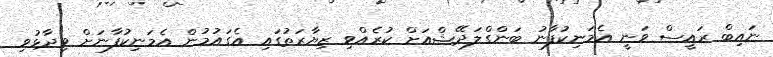
ނައިބް ރައީސް ވަނީ އެމަނިކުފާނު ބަންގްލަދޭޝްއަށް ކުރެއްވި ޒިޔާރަތުގައި އެގައުމުން އެމަނިކުފާނަށް ވިދާޅުވި